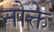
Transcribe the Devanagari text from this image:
नोक्ते